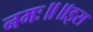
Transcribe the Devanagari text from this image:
नमः॥॥इस